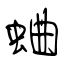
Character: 蛐